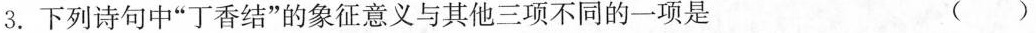
3.下列诗句中”丁香结”的象征意义与其他三项不同的一项是 ()